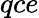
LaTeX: qce